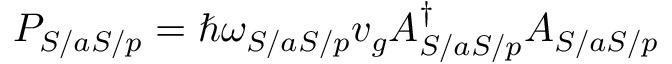
P _ { S / a S / p } = \hbar \omega _ { S / a S / p } v _ { g } A _ { S / a S / p } ^ { \dag } A _ { S / a S / p }